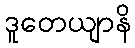
ဒူတေယျာနိ